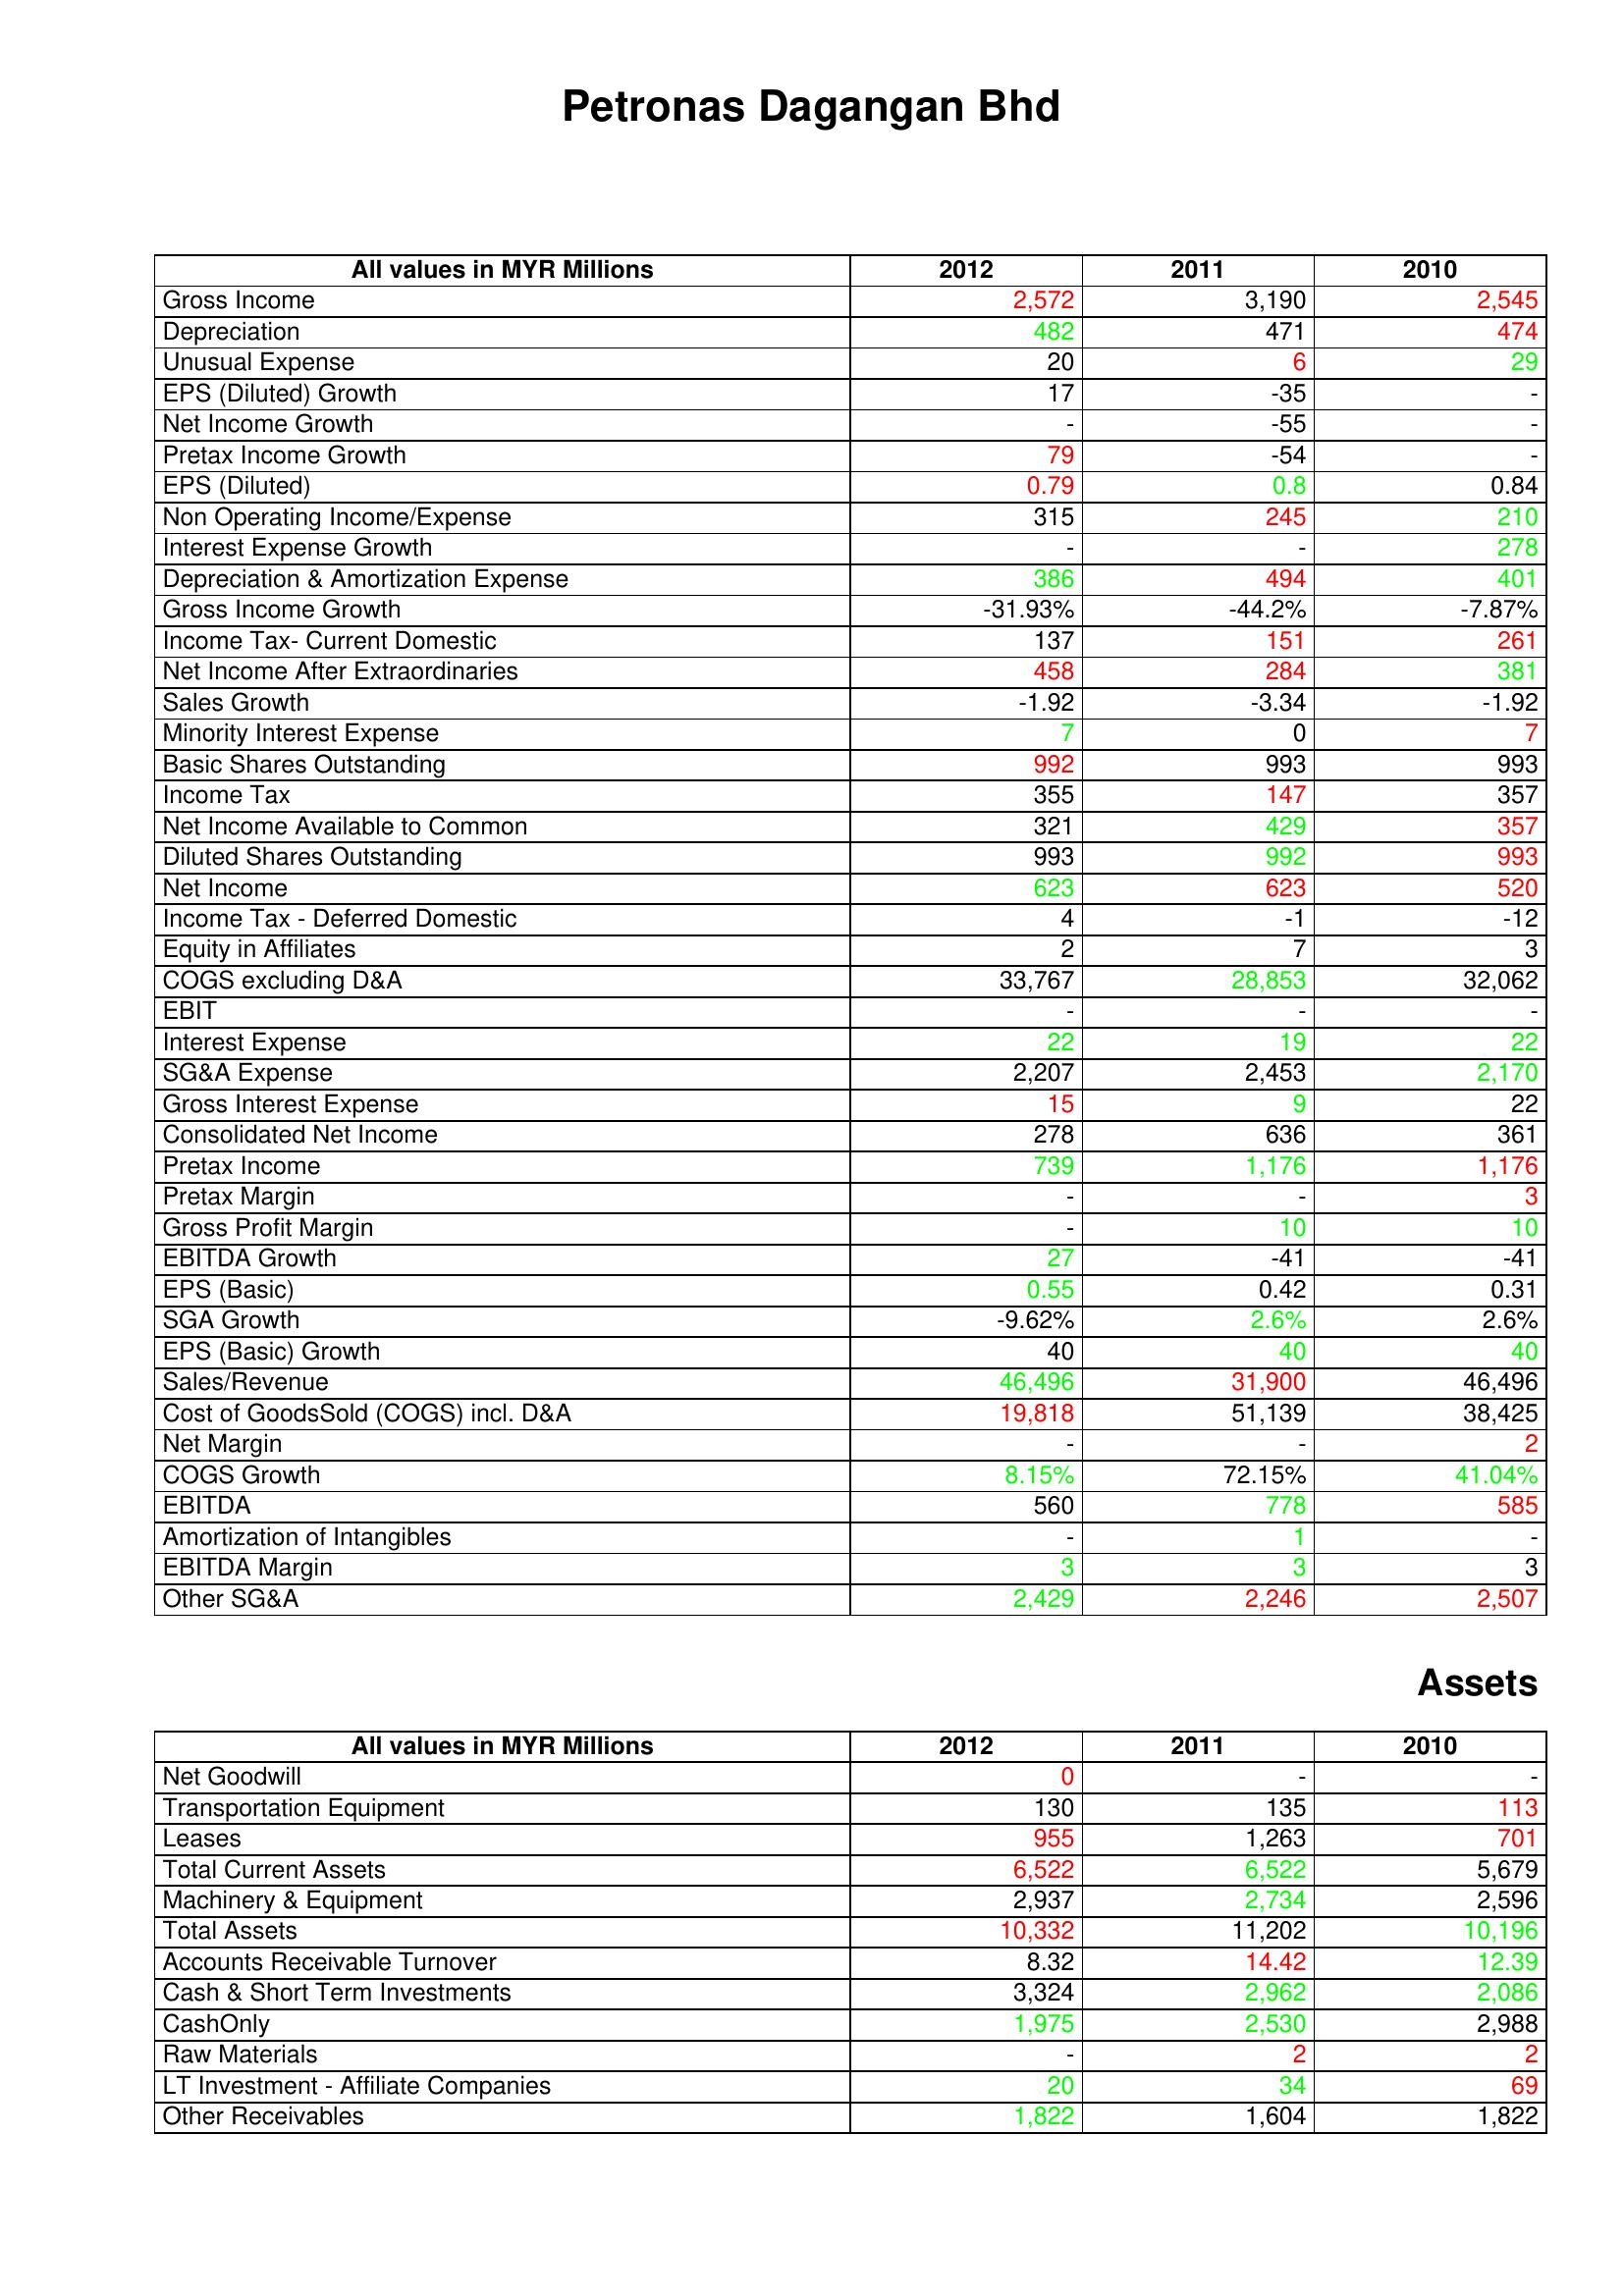
gt_parse: 2012: : Gross Income: 2,572
Depreciation: 482
Unusual Expense: 20
EPS (Diluted) Growth: 17
Net Income Growth: -
Pretax Income Growth: 79
EPS (Diluted): 0.79
Non Operating Income/Expense: 315
Interest Expense Growth: -
Depreciation & Amortization Expense: 386
Gross Income Growth: -31.93%
Income Tax- Current Domestic: 137
Net Income After Extraordinaries: 458
Sales Growth: -1.92
Minority Interest Expense: 7
Basic Shares Outstanding: 992
Income Tax: 355
Net Income Available to Common: 321
Diluted Shares Outstanding: 993
Net Income: 623
Income Tax - Deferred Domestic: 4
Equity in Affiliates: 2
COGS excluding D&A: 33,767
EBIT: -
Interest Expense: 22
SG&A Expense: 2,207
Gross Interest Expense: 15
Consolidated Net Income: 278
Pretax Income: 739
Pretax Margin: -
Gross Profit Margin: -
EBITDA Growth: 27
EPS (Basic): 0.55
SGA Growth: -9.62%
EPS (Basic) Growth: 40
Sales/Revenue: 46,496
Cost of GoodsSold (COGS) incl. D&A: 19,818
Net Margin: -
COGS Growth: 8.15%
EBITDA: 560
Amortization of Intangibles: -
EBITDA Margin: 3
Other SG&A: 2,429
Assets: Net Goodwill: 0
Transportation Equipment: 130
Leases: 955
Total Current Assets: 6,522
Machinery & Equipment: 2,937
Total Assets: 10,332
Accounts Receivable Turnover: 8.32
Cash & Short Term Investments: 3,324
CashOnly: 1,975
Raw Materials: -
LT Investment - Affiliate Companies: 20
Other Receivables: 1,822
2011: : Gross Income: 3,190
Depreciation: 471
Unusual Expense: 6
EPS (Diluted) Growth: -35
Net Income Growth: -55
Pretax Income Growth: -54
EPS (Diluted): 0.8
Non Operating Income/Expense: 245
Interest Expense Growth: -
Depreciation & Amortization Expense: 494
Gross Income Growth: -44.2%
Income Tax- Current Domestic: 151
Net Income After Extraordinaries: 284
Sales Growth: -3.34
Minority Interest Expense: 0
Basic Shares Outstanding: 993
Income Tax: 147
Net Income Available to Common: 429
Diluted Shares Outstanding: 992
Net Income: 623
Income Tax - Deferred Domestic: -1
Equity in Affiliates: 7
COGS excluding D&A: 28,853
EBIT: -
Interest Expense: 19
SG&A Expense: 2,453
Gross Interest Expense: 9
Consolidated Net Income: 636
Pretax Income: 1,176
Pretax Margin: -
Gross Profit Margin: 10
EBITDA Growth: -41
EPS (Basic): 0.42
SGA Growth: 2.6%
EPS (Basic) Growth: 40
Sales/Revenue: 31,900
Cost of GoodsSold (COGS) incl. D&A: 51,139
Net Margin: -
COGS Growth: 72.15%
EBITDA: 778
Amortization of Intangibles: 1
EBITDA Margin: 3
Other SG&A: 2,246
Assets: Net Goodwill: -
Transportation Equipment: 135
Leases: 1,263
Total Current Assets: 6,522
Machinery & Equipment: 2,734
Total Assets: 11,202
Accounts Receivable Turnover: 14.42
Cash & Short Term Investments: 2,962
CashOnly: 2,530
Raw Materials: 2
LT Investment - Affiliate Companies: 34
Other Receivables: 1,604
2010: : Gross Income: 2,545
Depreciation: 474
Unusual Expense: 29
EPS (Diluted) Growth: -
Net Income Growth: -
Pretax Income Growth: -
EPS (Diluted): 0.84
Non Operating Income/Expense: 210
Interest Expense Growth: 278
Depreciation & Amortization Expense: 401
Gross Income Growth: -7.87%
Income Tax- Current Domestic: 261
Net Income After Extraordinaries: 381
Sales Growth: -1.92
Minority Interest Expense: 7
Basic Shares Outstanding: 993
Income Tax: 357
Net Income Available to Common: 357
Diluted Shares Outstanding: 993
Net Income: 520
Income Tax - Deferred Domestic: -12
Equity in Affiliates: 3
COGS excluding D&A: 32,062
EBIT: -
Interest Expense: 22
SG&A Expense: 2,170
Gross Interest Expense: 22
Consolidated Net Income: 361
Pretax Income: 1,176
Pretax Margin: 3
Gross Profit Margin: 10
EBITDA Growth: -41
EPS (Basic): 0.31
SGA Growth: 2.6%
EPS (Basic) Growth: 40
Sales/Revenue: 46,496
Cost of GoodsSold (COGS) incl. D&A: 38,425
Net Margin: 2
COGS Growth: 41.04%
EBITDA: 585
Amortization of Intangibles: -
EBITDA Margin: 3
Other SG&A: 2,507
Assets: Net Goodwill: -
Transportation Equipment: 113
Leases: 701
Total Current Assets: 5,679
Machinery & Equipment: 2,596
Total Assets: 10,196
Accounts Receivable Turnover: 12.39
Cash & Short Term Investments: 2,086
CashOnly: 2,988
Raw Materials: 2
LT Investment - Affiliate Companies: 69
Other Receivables: 1,822